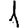
Digit: 1